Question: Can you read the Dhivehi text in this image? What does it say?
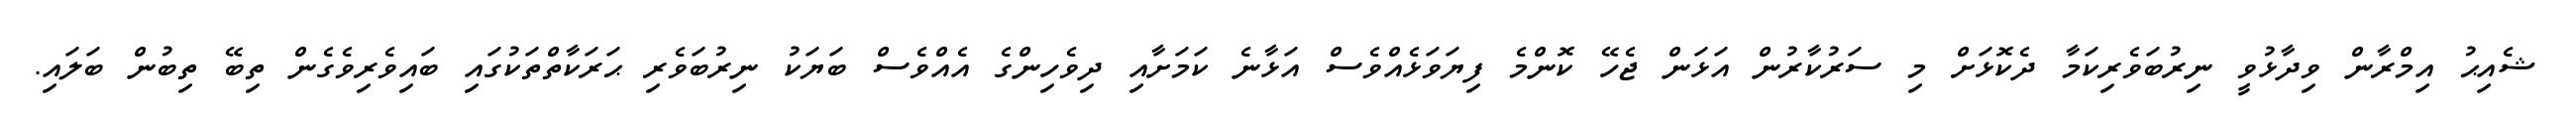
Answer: ޝެއިޙު އިމްރާން ވިދާޅުވީ ނިރުބަވެރިކަމާ ދެކޮޅަށް މި ސަރުކާރުން އަޅަން ޖެހޭ ކޮންމެ ފިޔަވަޅެއްވެސް އަޅާނެ ކަމަށާއި ދިވެހިންގެ އެއްވެސް ބަޔަކު ނިރުބަވެރި ޙަރަކާތްތަކުގައި ބައިވެރިވެގެން ތިބޭ ތިބުން ބަލައި.